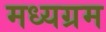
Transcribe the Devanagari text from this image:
मध्यग्रम